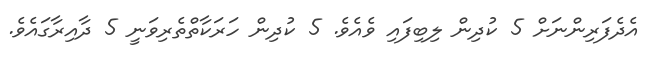
އެދެފަރިންނަށް 5 ކުދިން ލިބިފައި ވެއެވެ. 5 ކުދިން ހަރަކާތްތެރިވަނީ 5 ދާއިރާގައެވެ.